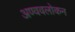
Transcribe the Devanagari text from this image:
अण्ववलोकन